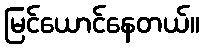
မြင်ယောင်နေတယ်။